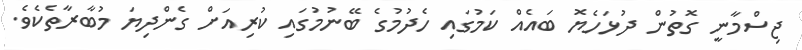
ޖިސްމާނީ ގޮތުން ދުޅަހެޔޮ ބައެއް ކަމުގައި ހެދުމުގެ ބޭނުމުގައި ކުރިއަށް ގެންދިޔަ މުބާރާތެކެވެ.